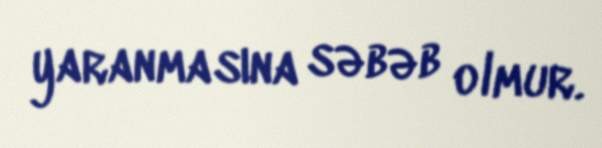
yaranmasına səbəb olmur.